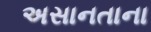
અસાનતાના